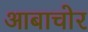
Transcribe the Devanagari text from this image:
आबाचोर